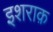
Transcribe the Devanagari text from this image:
इशराक़